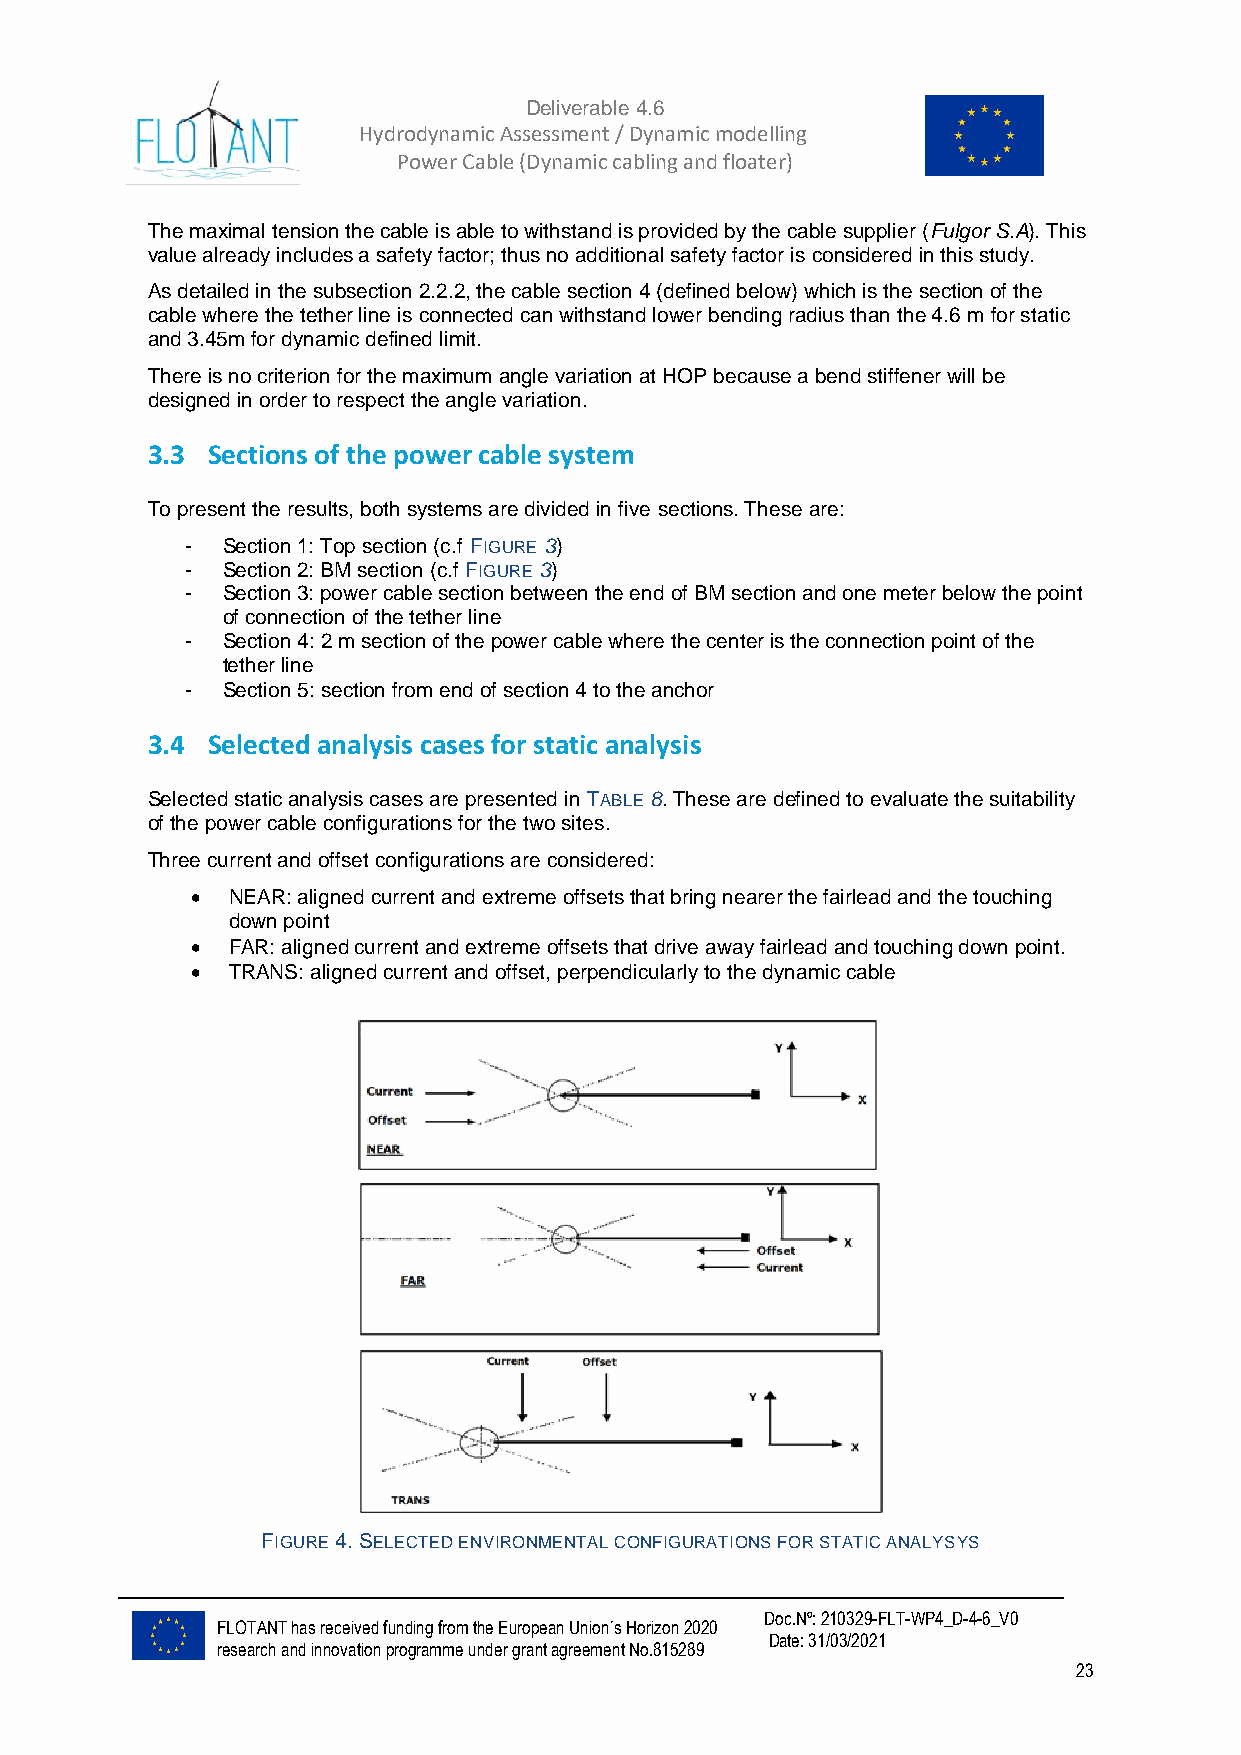
Deliverable 4.6
 Hydrodynamic Assessment / Dynamic modelling of
 Power Cable (Dynamic cabling and floater)
 The maximal tension the cable is able to withstand is provided by the cable supplier (Fulgor S.A). This
 value already includes a safety factor; thus no additional safety factor is considered in this study.
 As detailed in the subsection 2.2.2, the cable section 4 (defined below) which is the section of the
 cable where the tether line is connected can withstand lower bending radius than the 4.6 m for static
 and 3.45m for dynamic defined limit.
 There is no criterion for the maximum angle variation at HOP because a bend stiffener will be
 designed in order to respect the angle variation.
 3.3 Sections of the power cable system
 To present the results, both systems are divided in five sections. These are:
 -  Section 1: Top section (c.f FIGURE 3)
 -  Section 2: BM section (c.f FIGURE 3)
 -  Section 3: power cable section between the end of BM section and one meter below the point
 of connection of the tether line
 -  Section 4: 2 m section of the power cable where the center is the connection point of the
 tether line
 -  Section 5: section from end of section 4 to the anchor
 3.4 Selected analysis cases for static analysis
 Selected static analysis cases are presented in TABLE 8. These are defined to evaluate the suitability
 of the power cable configurations for the two sites.
 Three current and offset configurations are considered:
 • NEAR: aligned current and extreme offsets that bring nearer the fairlead and the touching
 down point
 • FAR: aligned current and extreme offsets that drive away fairlead and touching down point.
 • TRANS: aligned current and offset, perpendicularly to the dynamic cable
 FIGURE 4. SELECTED ENVIRONMENTAL CONFIGURATIONS FOR STATIC ANALYSYS
 Doc.Nº: 210329-FLT-WP4_D-4-6_V0
 FLOTANT has received funding from the European Union´s Horizon 2020
 Date: 31/03/2021
 research and innovation programme under grant agreement No.815289
 23